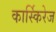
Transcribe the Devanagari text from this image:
कार्स्किरेज